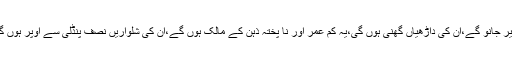
یہ نمازیں پڑہیں گے تم ان کی نمازوں کے آگ ے اپنی نمازوں کو حقیر جانو گے،ان کی داڑھیاں گھنی ہوں گی،یہ کم عمر اور نا پختہ ذہن کے مالک ہوں گے،ان کی شلواریں نصف پنڈلی سے اوپر ہوں گی،یہ بھی قران پڑہیں گے لیکن ان کے حلق سے نیچے نہیں اترے گا۔